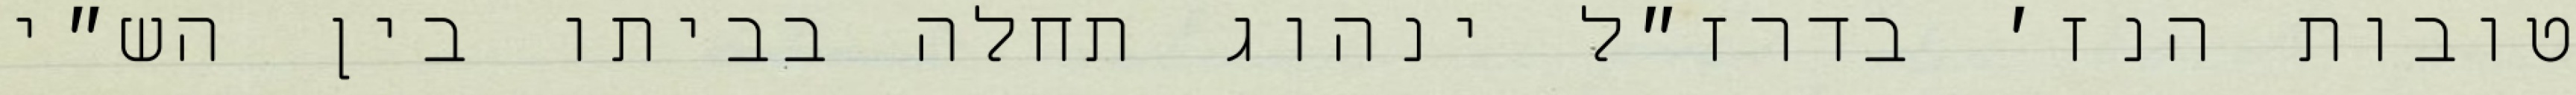
טובות הנז׳ בדרז״ל ינהוג תחלה בביתו בין הש״י